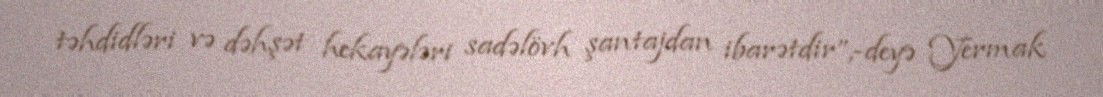
təhdidləri və dəhşət hekayələri sadəlövh şantajdan ibarətdir”,-deyə Yermak